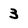
Character: 3